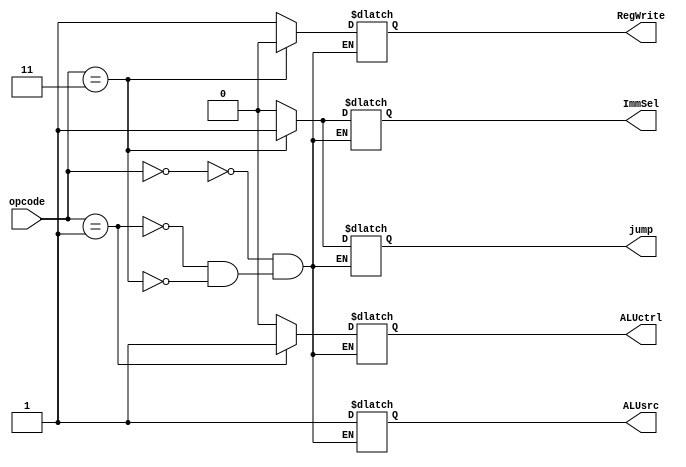
`timescale 1ns / 1ps
//////////////////////////////////////////////////////////////////////////////////
// Company: 
// Engineer: 
// 
// Design Name: 
// Module Name: ControlUnit
// Project Name: 
// Target Devices: 
// Tool Versions: 
// Description: 
// 
// Dependencies: 
// 
// Revision:
// Revision 0.01 - File Created
// Additional Comments:
// 
//////////////////////////////////////////////////////////////////////////////////


module ControlUnit(opcode,ALUctrl,ALUsrc,RegWrite,jump,ImmSel);
input [1:0] opcode;
output reg RegWrite,ALUctrl,ALUsrc,jump,ImmSel;

always @ ( opcode )
begin  
    case (opcode)
    2'b00: {ALUctrl,ALUsrc,RegWrite,jump,ImmSel} = 5'b01100; // addi 
    2'b01: {ALUctrl,ALUsrc,RegWrite,jump,ImmSel} = 5'b11100; // sll 
    2'b11: {ALUctrl,ALUsrc,RegWrite,jump,ImmSel} = 5'bxx011; // jmp
    endcase
end
endmodule